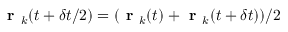
\textbf { r } _ { k } ( t + \delta t / 2 ) = ( \textbf { r } _ { k } ( t ) + \textbf { r } _ { k } ( t + \delta t ) ) / 2